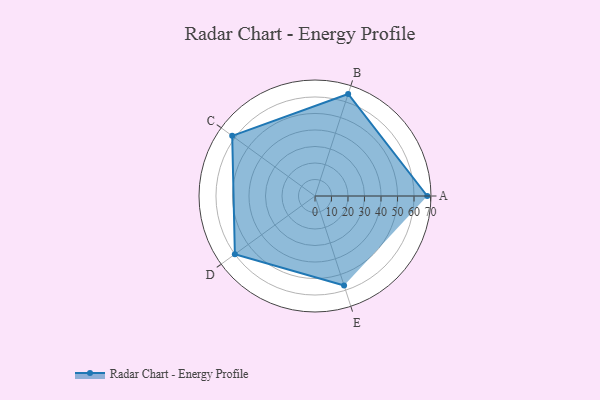
{"axis": {"x": "Skill", "y": "Score"}, "legend": ["Profile"], "data": [{"x": "A", "y": 68.0, "type": "Profile"}, {"x": "B", "y": 65.0, "type": "Profile"}, {"x": "C", "y": 62.0, "type": "Profile"}, {"x": "D", "y": 60.0, "type": "Profile"}, {"x": "E", "y": 57.0, "type": "Profile"}]}